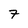
Character: 7